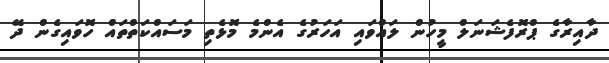
ދާއިރާގެ ޕްރޮފެޝަނަލް މީހުން ލައްވައި އަހަރުގެ އެންމެ މޮޅެތި މަސައްކަތްތައް ހޮވައިގެން ދޭ